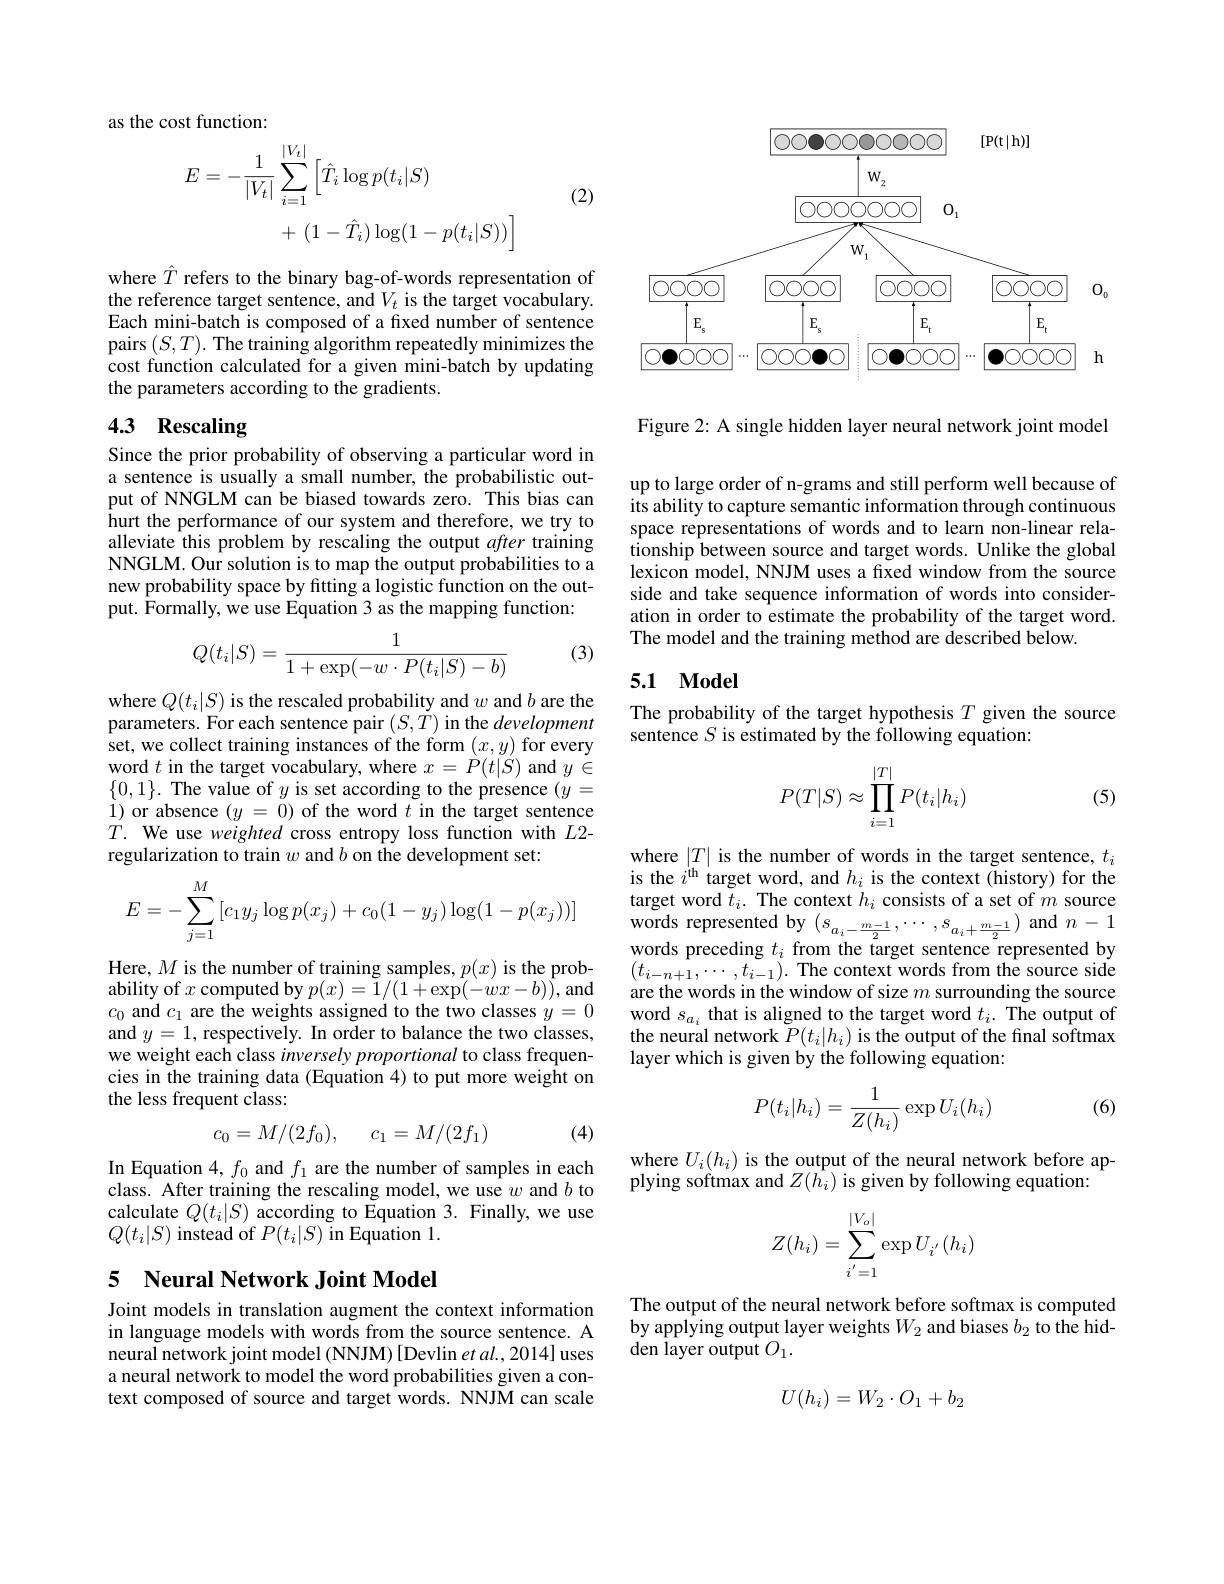
as the cost function:
$$\begin{aligned}E&=-\frac{1}{|V_{t}|}\sum_{i=1}^{|V_{t}|}\Big[\hat{T}_{i}\log p(t_{i}|S)\\&+\:(1-\hat{T}_{i})\log(1-p(t_{i}|S))\Big]\end{aligned}$$
(2)

where $\hat{T}$ refers to the binary bag-of-words representation of the reference target sentence, and $V_t$ is the target vocabulary. Each mini-batch is composed of a fixed number of sentence pairs $(S,T).$ The training algorithm repeatedly minimizes the cost function calculated for a given mini-batch by updating the parameters according to the gradients.

# 4.3 Rescaling

Since the prior probability of observing a particular word in a sentence is usually a small number, the probabilistic output of NNGLM can be biased towards zero. This bias can hurt the performance of our system and therefore, we try to alleviate this problem by rescaling the output after training NNGLM. Our solution is to map the output probabilities to a new probability space by fitting a logistic function on the output. Formally, we use Equation 3 as the mapping function:

(3)
$$Q(t_i|S)=\frac{1}{1+\exp(-w\cdot P(t_i|S)-b)}$$
where $Q(t_{i}|S)$ is the rescaled probability and $w$ and $b$ are the parameters. For each sentence pair $(S,\dot{T})$ in the development set, we collect training instances of the form $(x,y)$ for every word $t$ in the target vocabulary, where $x=P(t|S)$ and $y\in$ $\{0,1\}.$ The value of $y$ is set according to the presence $(y=$ 1) or absence $(y=0)$ of the word $t$ in the target sentence $T.$We use weighted cross entropy loss function with $L$2- regularization to train $w$ and $b$ on the development set:
$$E=-\sum_{j=1}^M\left[c_1y_j\log p(x_j)+c_0(1-y_j)\log(1-p(x_j))\right]$$
Here, $M$ is the number of training samples, $p( x)$ is the prob- ability of $x$ computed by $p( x) = 1/ ( 1+ \exp ( - wx- b) ) $, and $c_{0}$ and $c_{1}$ are the weights assigned to the two classes $y= 0$ and $y=1$, respectively. In order to balance the two classes, we weight each class inversely proportional to class frequencies in the training data (Equation 4) to put more weight on the less frequent class:

(4)
$$c_0=M/(2f_0),\quad c_1=M/(2f_1)$$
In Equation 4, $f_0$ and $f_1$ are the number of samples in each class. After training the rescaling model, we use $w$ and $b$ to calculate $Q(t_i|S)$ according to Equation 3. Finally, we use $Q(t_{i}|S)$ instead of $P(t_{i}|S)$ in Equation 1.

### 5 Neural Network Joint Model

Joint models in translation augment the context information in language models with words from the source sentence. A neural network joint model (NNJM) [Devlin et al.,2014] uses a neural network to model the word probabilities given a context composed of source and target words. NNJM can scale

<FigureHere>

Figure 2: A single hidden layer neural network joint model

up to large order of n-grams and still perform well because of its ability to capture semantic information through continuous space representations of words and to learn non-linear relationship between source and target words. Unlike the global lexicon model, NNJM uses a frxed window from the source side and take sequence information of words into consideration in order to estimate the probability of the target word. The model and the training method are described below.

## 5.1 Model

The probability of the target hypothesis $T$ given the source
sentence $S$ is estimated by the following equation:
$$P(T|S)\approx\prod\limits_{i=1}^{|T|}P(t_i|h_i)$$
(5)

where $|T|$ is the number of words in the target sentence, $t_i$ is the $i^\mathrm{it}$ target word, and $h_i$ is the context (history) for the target word $t_i.$ The context $h_i$ consists of a set of $m$ source ${\mathrm{words~represented~by~}}\left(s_{a_{i}-\frac{m-1}{2}},\cdots,s_{a_{i}+\frac{m-1}{2}}\right){\mathrm{and~}}n-1$ words preceding $t_i$ from the target sentence represented by $(t_{i-n+1},\cdots,t_{i-1}).$ The context words from the source side are the words in the window of size $m$ surrounding the source word $s_{a_i}$ that is aligned to the target word $t_i.$ The output of the neural network $\bar{P}(t_i|h_i)$ is the output of the final softmax layer which is given by the following equation:

(6)
$$P(t_i|h_i)=\frac{1}{Z(h_i)}\exp U_i(h_i)$$
where $U_i(h_i)$ is the output of the neural network before ap-
plying softmax and $Z(\hat{h_{i}})$ is given by following equation:
$$\begin{aligned}Z(h_i)=\sum_{i^{'}=1}^{|V_o|}\exp U_{i^{'}}(h_i)\end{aligned}$$
The output of the neural network before softmax is computed by applying output layer weights $W_2$ and biases $b_2$ to the hidden layer output $O_{1}.$
$$U(h_i)=W_2\cdot O_1+b_2$$